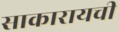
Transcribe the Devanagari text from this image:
साकारायची